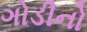
ગોડીનો